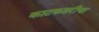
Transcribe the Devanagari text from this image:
काटकसरीचा